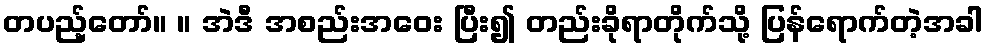
တပည့်တော်။ ။ အဲဒီ အစည်းအဝေး ပြီး၍ တည်းခိုရာတိုက်သို့ ပြန်ရောက်တဲ့အခါ